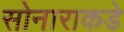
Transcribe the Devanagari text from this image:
सोनाराकडे